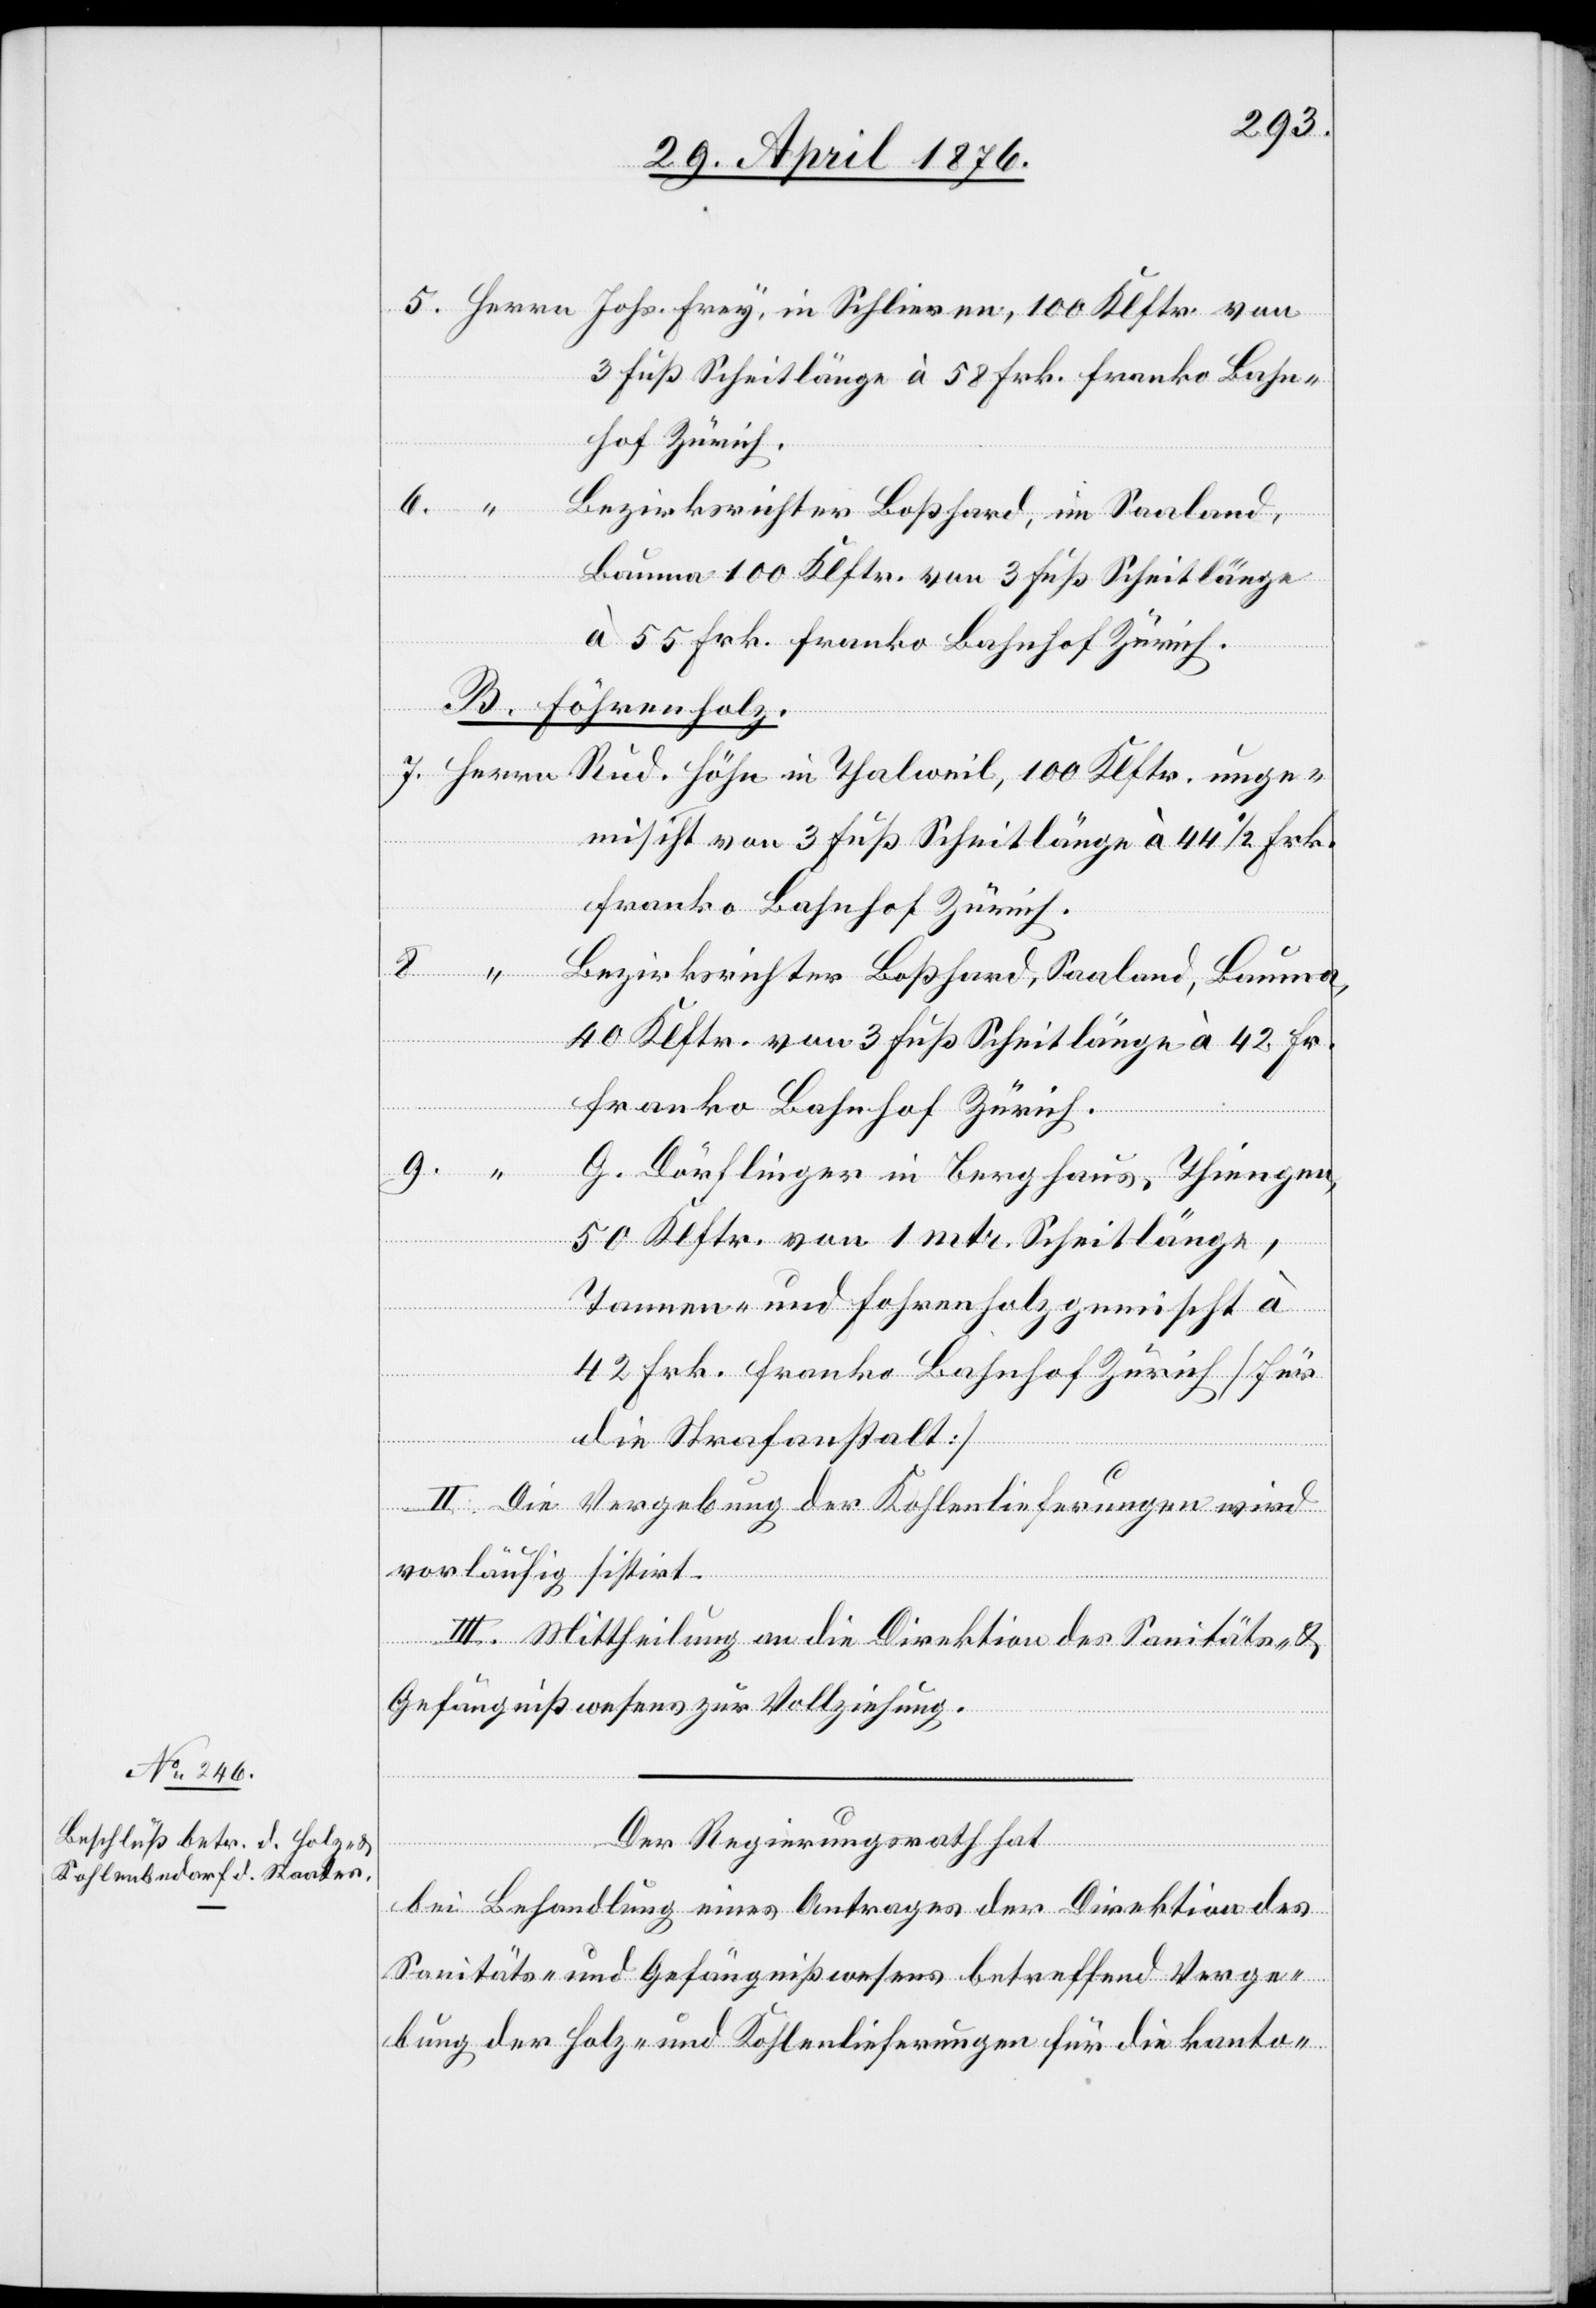
“
Bezirksrichter Boßhard, im Saaland,
8.
Bauma 100 Klftr. von 3 Fuß Scheitlänge
à 55 Frk. franko Bahnhof Zürich.
B. Föhrenholz.
ischt von 3 Fuß Scheitlänge à 44 1/2 Frk.
franko Bahnhof Zürich.
Klftr. ungem¬
Bezirksrichter Boßhard, Saaland, Bauma,
40 Klftr. von 3 Fuß Scheitlänge à 42 Fr.
franko Bahnhof Zürich.
9.
G. Dörflinger in Berghaus, Thiengen,
50 Klftr. von 1 mtr. Scheitlänge,
Tannen- und Fohrenholz gemischt à
42 Frk. franko Bahnhof Zürich [für
die Strafanstalt]
II. Die Vergebung der Kohlenlieferungen wird
100
vorläufig sistirt.
III. Mittheilung an die Direktion des Sanitäts-
Gefängnißwesens zur Vollziehung.
und
Der Regierungsrath hat
bei Behandlung eines Antrages der Direktion des
Sanitäts- und Gefängnißwesens betreffend Verge¬
bung der Holz- und Kohlenlieferungen für die kanto-